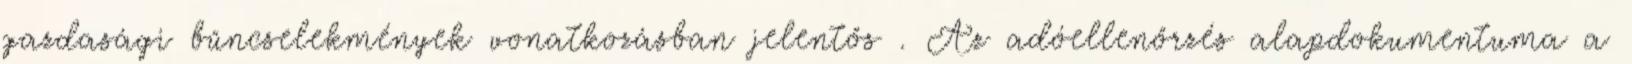
gazdasági bűncselekmények vonatkozásban jelentős . Az adóellenőrzés alapdokumentuma a